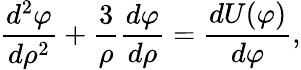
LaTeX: {\frac{d^{2}\varphi}{d\rho^{2}}}+{\frac{3}{\rho}}{\frac{d\varphi}{d\rho}}={\frac{dU(\varphi)}{d\varphi}},